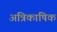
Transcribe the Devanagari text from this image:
अत्रिकाषिक